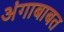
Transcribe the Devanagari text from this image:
अंगाबाबत